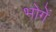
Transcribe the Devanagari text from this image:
भोगें